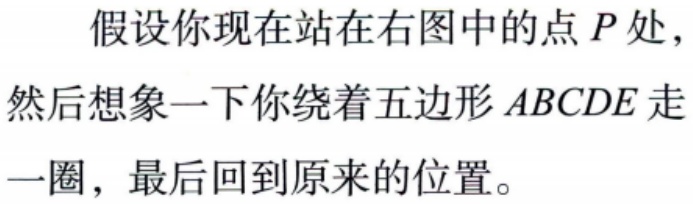
假设你现在站在右图中的点 \(P\) 处，然后想象一下你绕着五边形 \(ABCDE\) 走一圈，最后回到原来的位置。